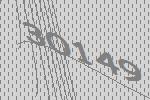
30149